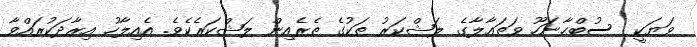
ވަޔަކީ  ސުބްޙާނަހޫ ވަތަޢާލާގެ ލަޝްކަރު ތަކުގެ ތެރެއިން ލަޝްކަރެކެވެ. އެއިލާހު އިރާދަކުރައްވާ